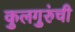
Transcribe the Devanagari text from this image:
कुलगुरुंची